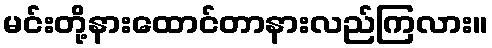
မင်းတို့နားထောင်တာနားလည်ကြလား။